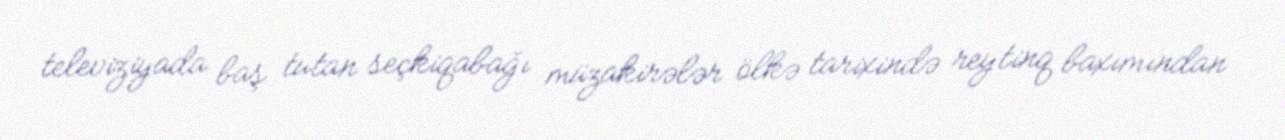
televiziyada baş tutan seçkiqabağı müzakirələr ölkə tarixində reytinq baxımından